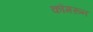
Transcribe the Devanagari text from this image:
कौमरून